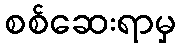
စစ်ဆေးရာမှ